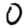
Digit: 0